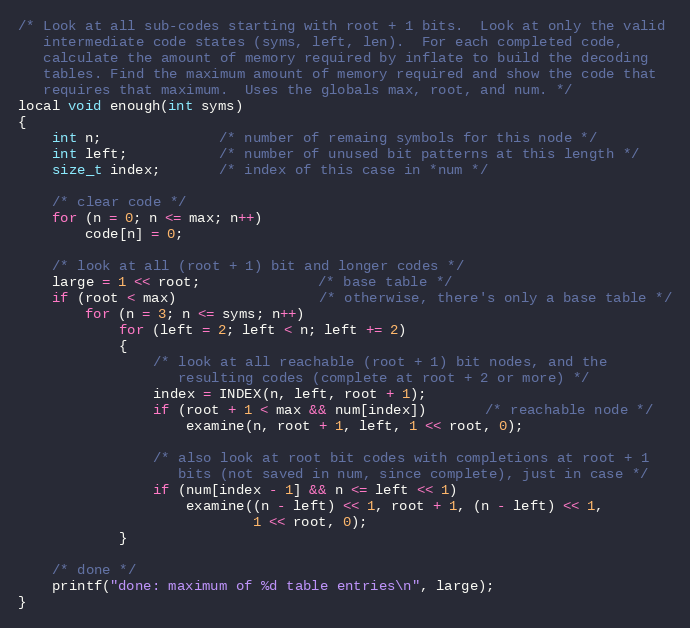
Language: C
/* Look at all sub-codes starting with root + 1 bits.  Look at only the valid
   intermediate code states (syms, left, len).  For each completed code,
   calculate the amount of memory required by inflate to build the decoding
   tables. Find the maximum amount of memory required and show the code that
   requires that maximum.  Uses the globals max, root, and num. */
local void enough(int syms)
{
    int n;              /* number of remaing symbols for this node */
    int left;           /* number of unused bit patterns at this length */
    size_t index;       /* index of this case in *num */

    /* clear code */
    for (n = 0; n <= max; n++)
        code[n] = 0;

    /* look at all (root + 1) bit and longer codes */
    large = 1 << root;              /* base table */
    if (root < max)                 /* otherwise, there's only a base table */
        for (n = 3; n <= syms; n++)
            for (left = 2; left < n; left += 2)
            {
                /* look at all reachable (root + 1) bit nodes, and the
                   resulting codes (complete at root + 2 or more) */
                index = INDEX(n, left, root + 1);
                if (root + 1 < max && num[index])       /* reachable node */
                    examine(n, root + 1, left, 1 << root, 0);

                /* also look at root bit codes with completions at root + 1
                   bits (not saved in num, since complete), just in case */
                if (num[index - 1] && n <= left << 1)
                    examine((n - left) << 1, root + 1, (n - left) << 1,
                            1 << root, 0);
            }

    /* done */
    printf("done: maximum of %d table entries\n", large);
}